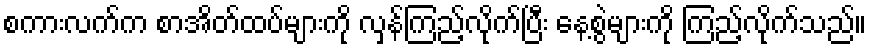
စကားလက်က စာအိတ်ထပ်များကို လှန်ကြည့်လိုက်ပြီး နေ့စွဲများကို ကြည့်လိုက်သည်။